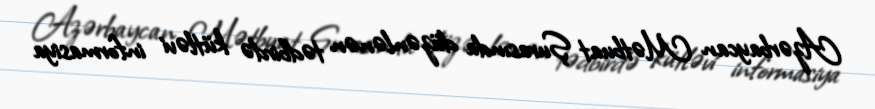
Azərbaycan Mətbuat Şurasında düzənlənən tədbirdə kütləvi informasiya